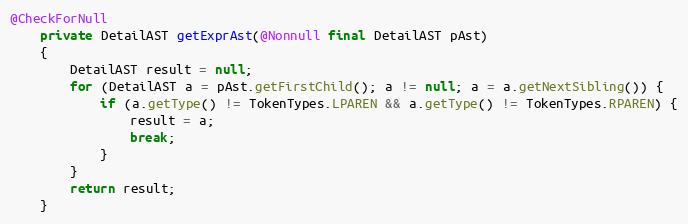
Language: Java
@CheckForNull
    private DetailAST getExprAst(@Nonnull final DetailAST pAst)
    {
        DetailAST result = null;
        for (DetailAST a = pAst.getFirstChild(); a != null; a = a.getNextSibling()) {
            if (a.getType() != TokenTypes.LPAREN && a.getType() != TokenTypes.RPAREN) {
                result = a;
                break;
            }
        }
        return result;
    }